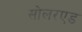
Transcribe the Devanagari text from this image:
सोलरएड